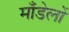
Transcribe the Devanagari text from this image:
माँडेलों